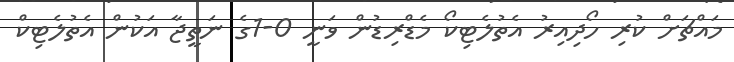
މައްޗަށް ކުރި ހޯދިއިރު އެތުލެޓިކޯ މެޑްރިޑުން ވަނީ 0-1ގެ ނަތީޖާ އަކުން އެތުލެޓިކް